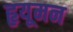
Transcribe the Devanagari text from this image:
हृयूमन